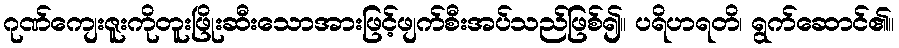
ဂုဏ်ကျေးဇူးကိုတူးဖြိုးဆီးသောအားဖြင့်ဖျက်စီးအပ်သည်ဖြစ်၍။ ပရိဟရတိ၊ ရွက်ဆောင်၏။